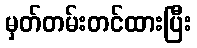
မှတ်တမ်းတင်ထားပြီး